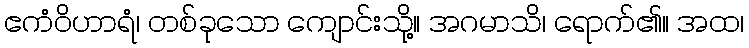
ဧကံဝိဟာရံ၊ တစ်ခုသော ကျောင်းသို့။ အဂမာသိ၊ ရောက်၏။ အထ၊